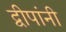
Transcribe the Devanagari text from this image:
द्वीपांनी